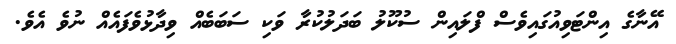
އޭނާގެ އިންޓަވިއުގައިވެސް ފްލައިން ސުކޫލު ބަދަލުކުރާ ވަކި ސަބަބެއް ވިދާޅުވެފައެއް ނުވެ އެވެ.